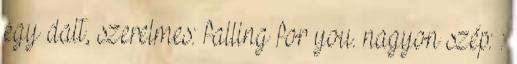
egy dalt, szerelmes: falling for you. nagyon szép: :